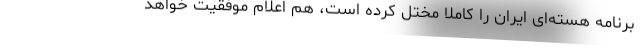
برنامه هسته‌ای ایران را کاملاً مختل کرده است، هم اعلام موفقیت خواهد